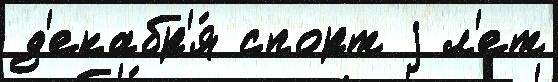
д'екабр'я́ спорт j л'ет